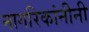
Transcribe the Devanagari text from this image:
नागरिकांनीनी